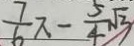
\frac { 7 } { 6 } \pi - \frac { 5 } { 4 } \sqrt { 3 }